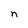
Character: n